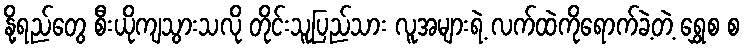
နို့ရည်တွေ စီးယိုကျသွားသလို တိုင်းသူပြည်သား လူအများရဲ့ လက်ထဲကိုရောက်ခဲ့တဲ့ ရွှေစ စ